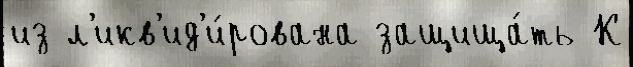
из л'икв'ид'и́рована защища́ть К